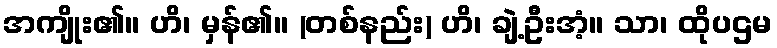
အကျိုး၏။ ဟိ၊ မှန်၏။ (တစ်နည်း) ဟိ၊ ချဲ့ဦးအံ့။ သာ၊ ထိုပဌမ